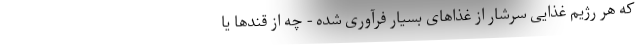
که هر رژیم غذایی سرشار از غذاهای بسیار فرآوری شده - چه از قندها یا